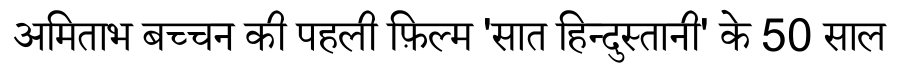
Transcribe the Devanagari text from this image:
अमिताभ बच्चन की पहली फ़िल्म 'सात हिन्दुस्तानी' के 50 साल